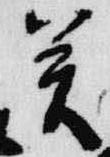
癸